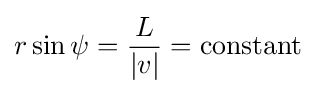
r\sin \psi ={\frac {L}{|v|}}={\text{constant}}